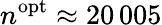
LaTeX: n^{\mathrm{opt}}\approx 20\, 005